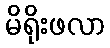
မိရိုးဖလာ